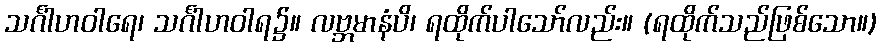
သင်္ဂါဟဝါရေ၊ သင်္ဂါဟဝါရ၌။ လဗ္ဘမာနံပိ၊ ရထိုက်ပါသော်လည်း။ (ရထိုက်သည်ဖြစ်သော။)